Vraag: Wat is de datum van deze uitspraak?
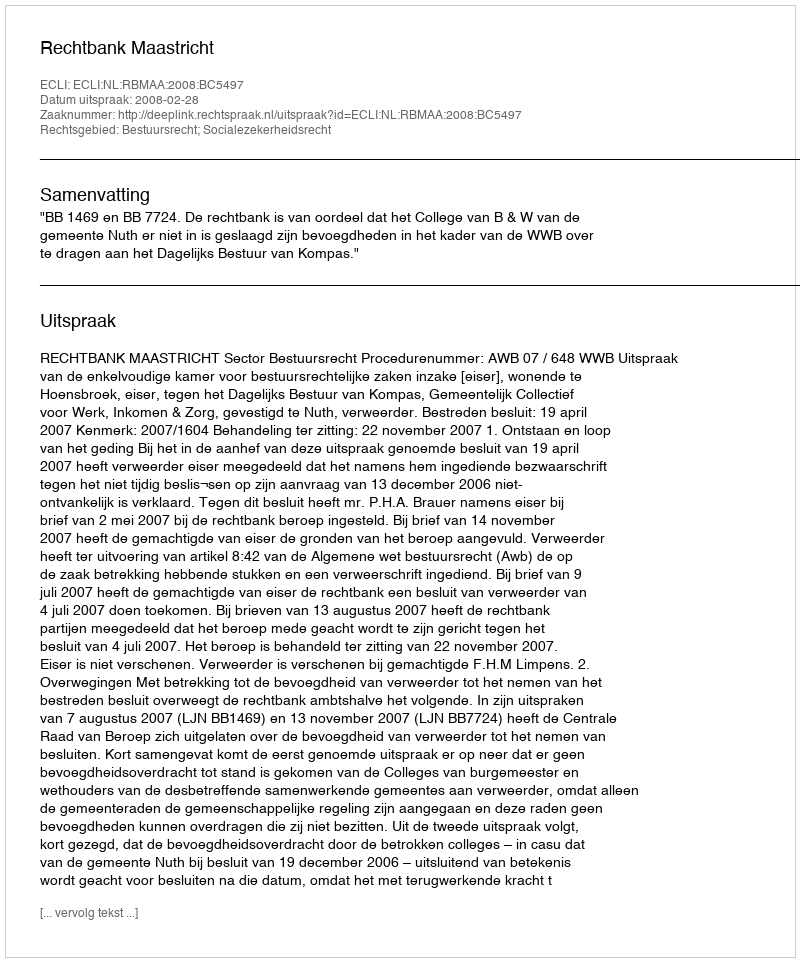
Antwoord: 2008-02-28